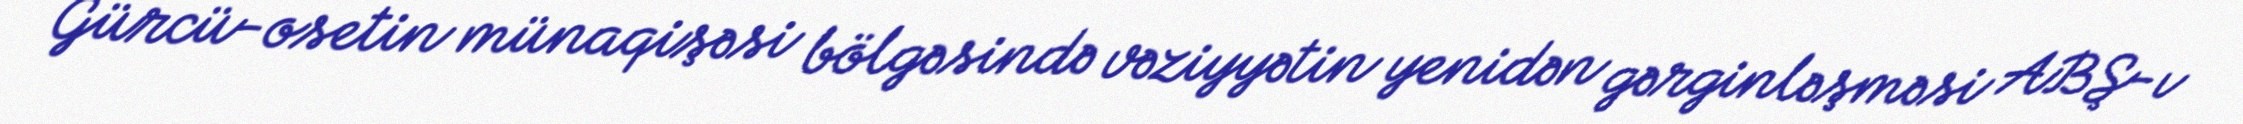
Gürcü-osetin münaqişəsi bölgəsində vəziyyətin yenidən gərginləşməsi ABŞ-ı